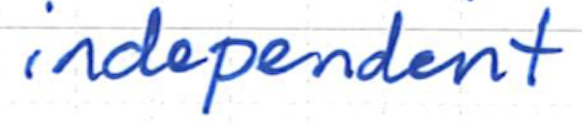
Text: independent
Cross-out: clean
Writing tool: ballpoint